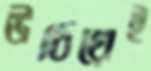
উঠিয়েই